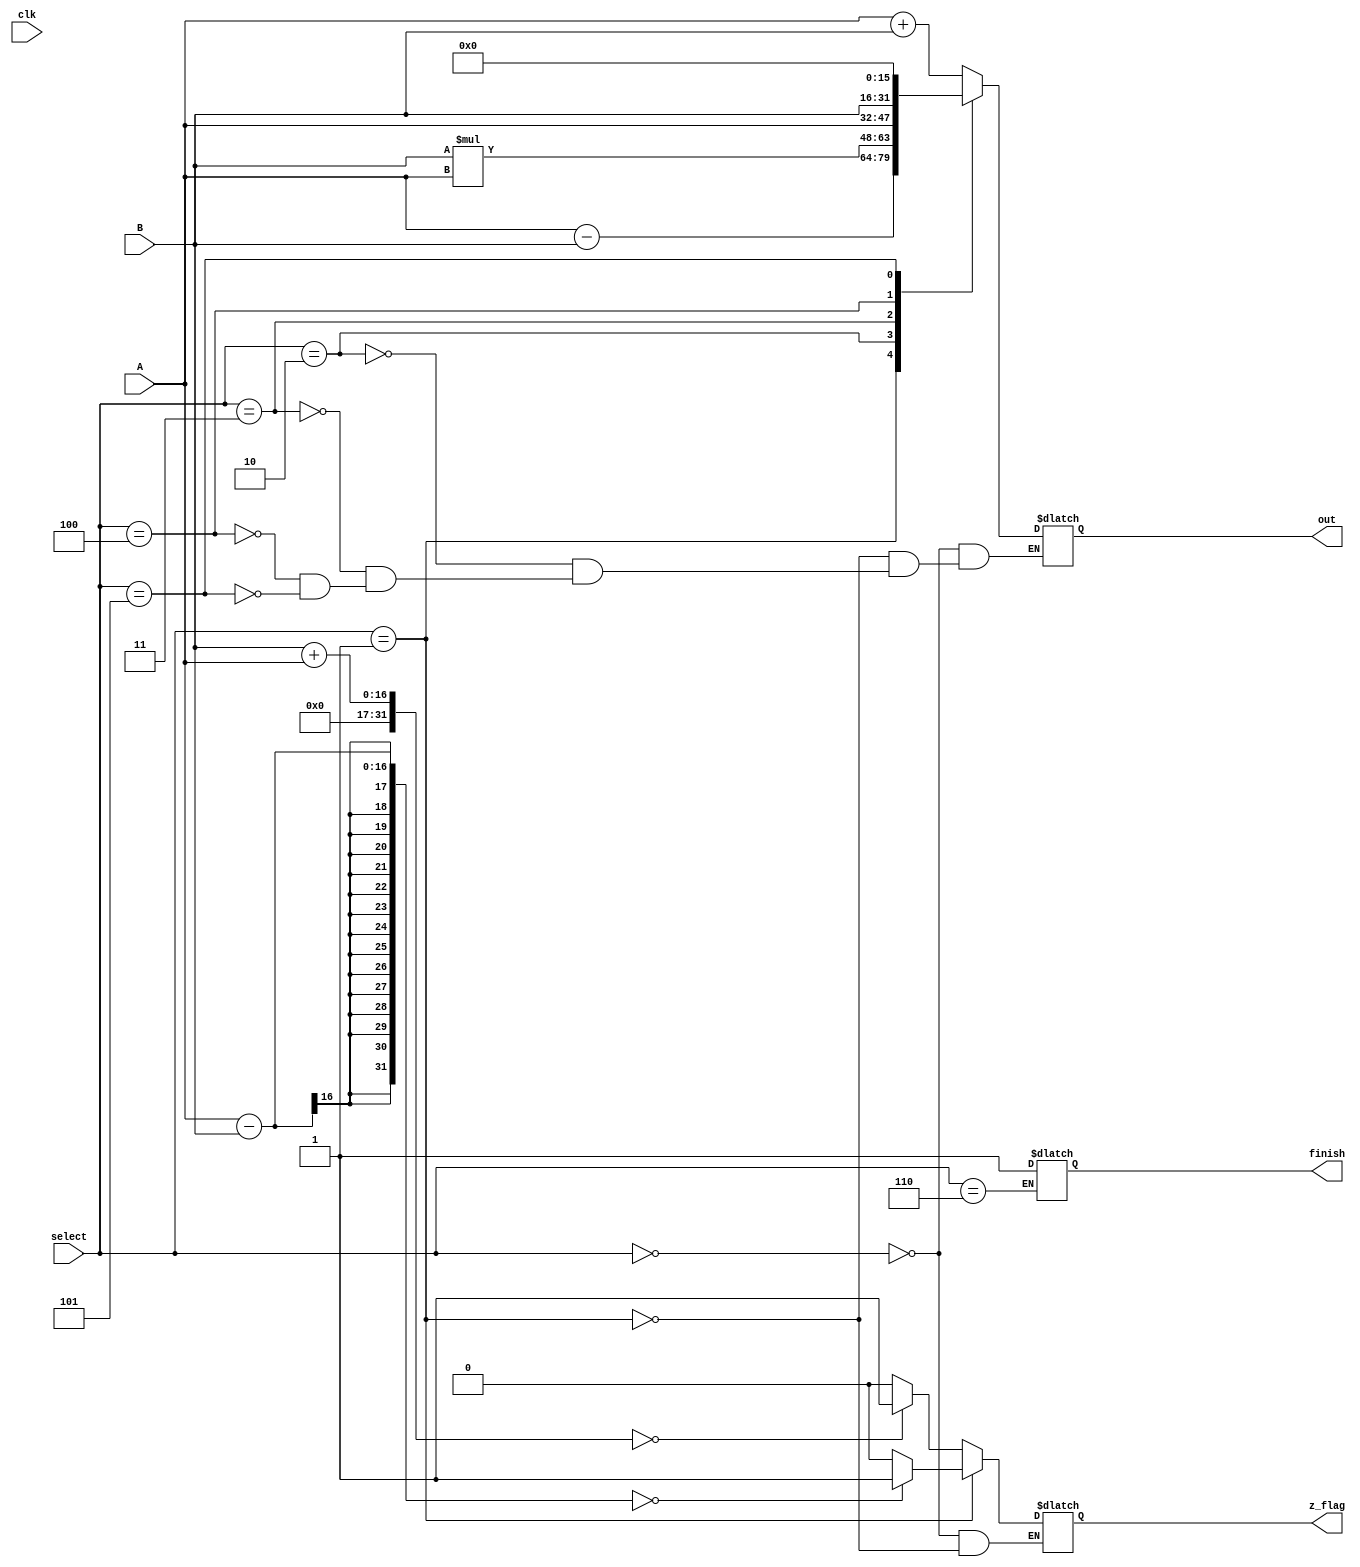
//000  Add
//001  Sub
//010  Mullt
//011  Pass A
//100  Pass B
module alu (
    input clk,
    input [15:0] A,
    input [15:0] B,
    input [2:0] select,
    output reg z_flag,
    output reg [15:0] out,
    output reg finish
);

always @(A or select) begin
    // $display(select);
    case (select)
        3'b000 : begin
            out <= A + B;
            if(B + A == 0)  z_flag <= 1;
            else            z_flag <= 0;
        end
        3'b001 : begin
            out <= A - B;
            if(A - B == 0)  z_flag <= 1; 
            else            z_flag <= 0;
        end
        3'b010 : begin
            out <= B * A;
        end
        3'b011 : begin
            out <= A;
        end
        3'b100 : begin
            out <= B;
        end
        3'b101 : begin
            out <= 16'd0;
        end
        3'b110 : begin
            finish <= 1;
        end
    endcase  
end
    
endmodule